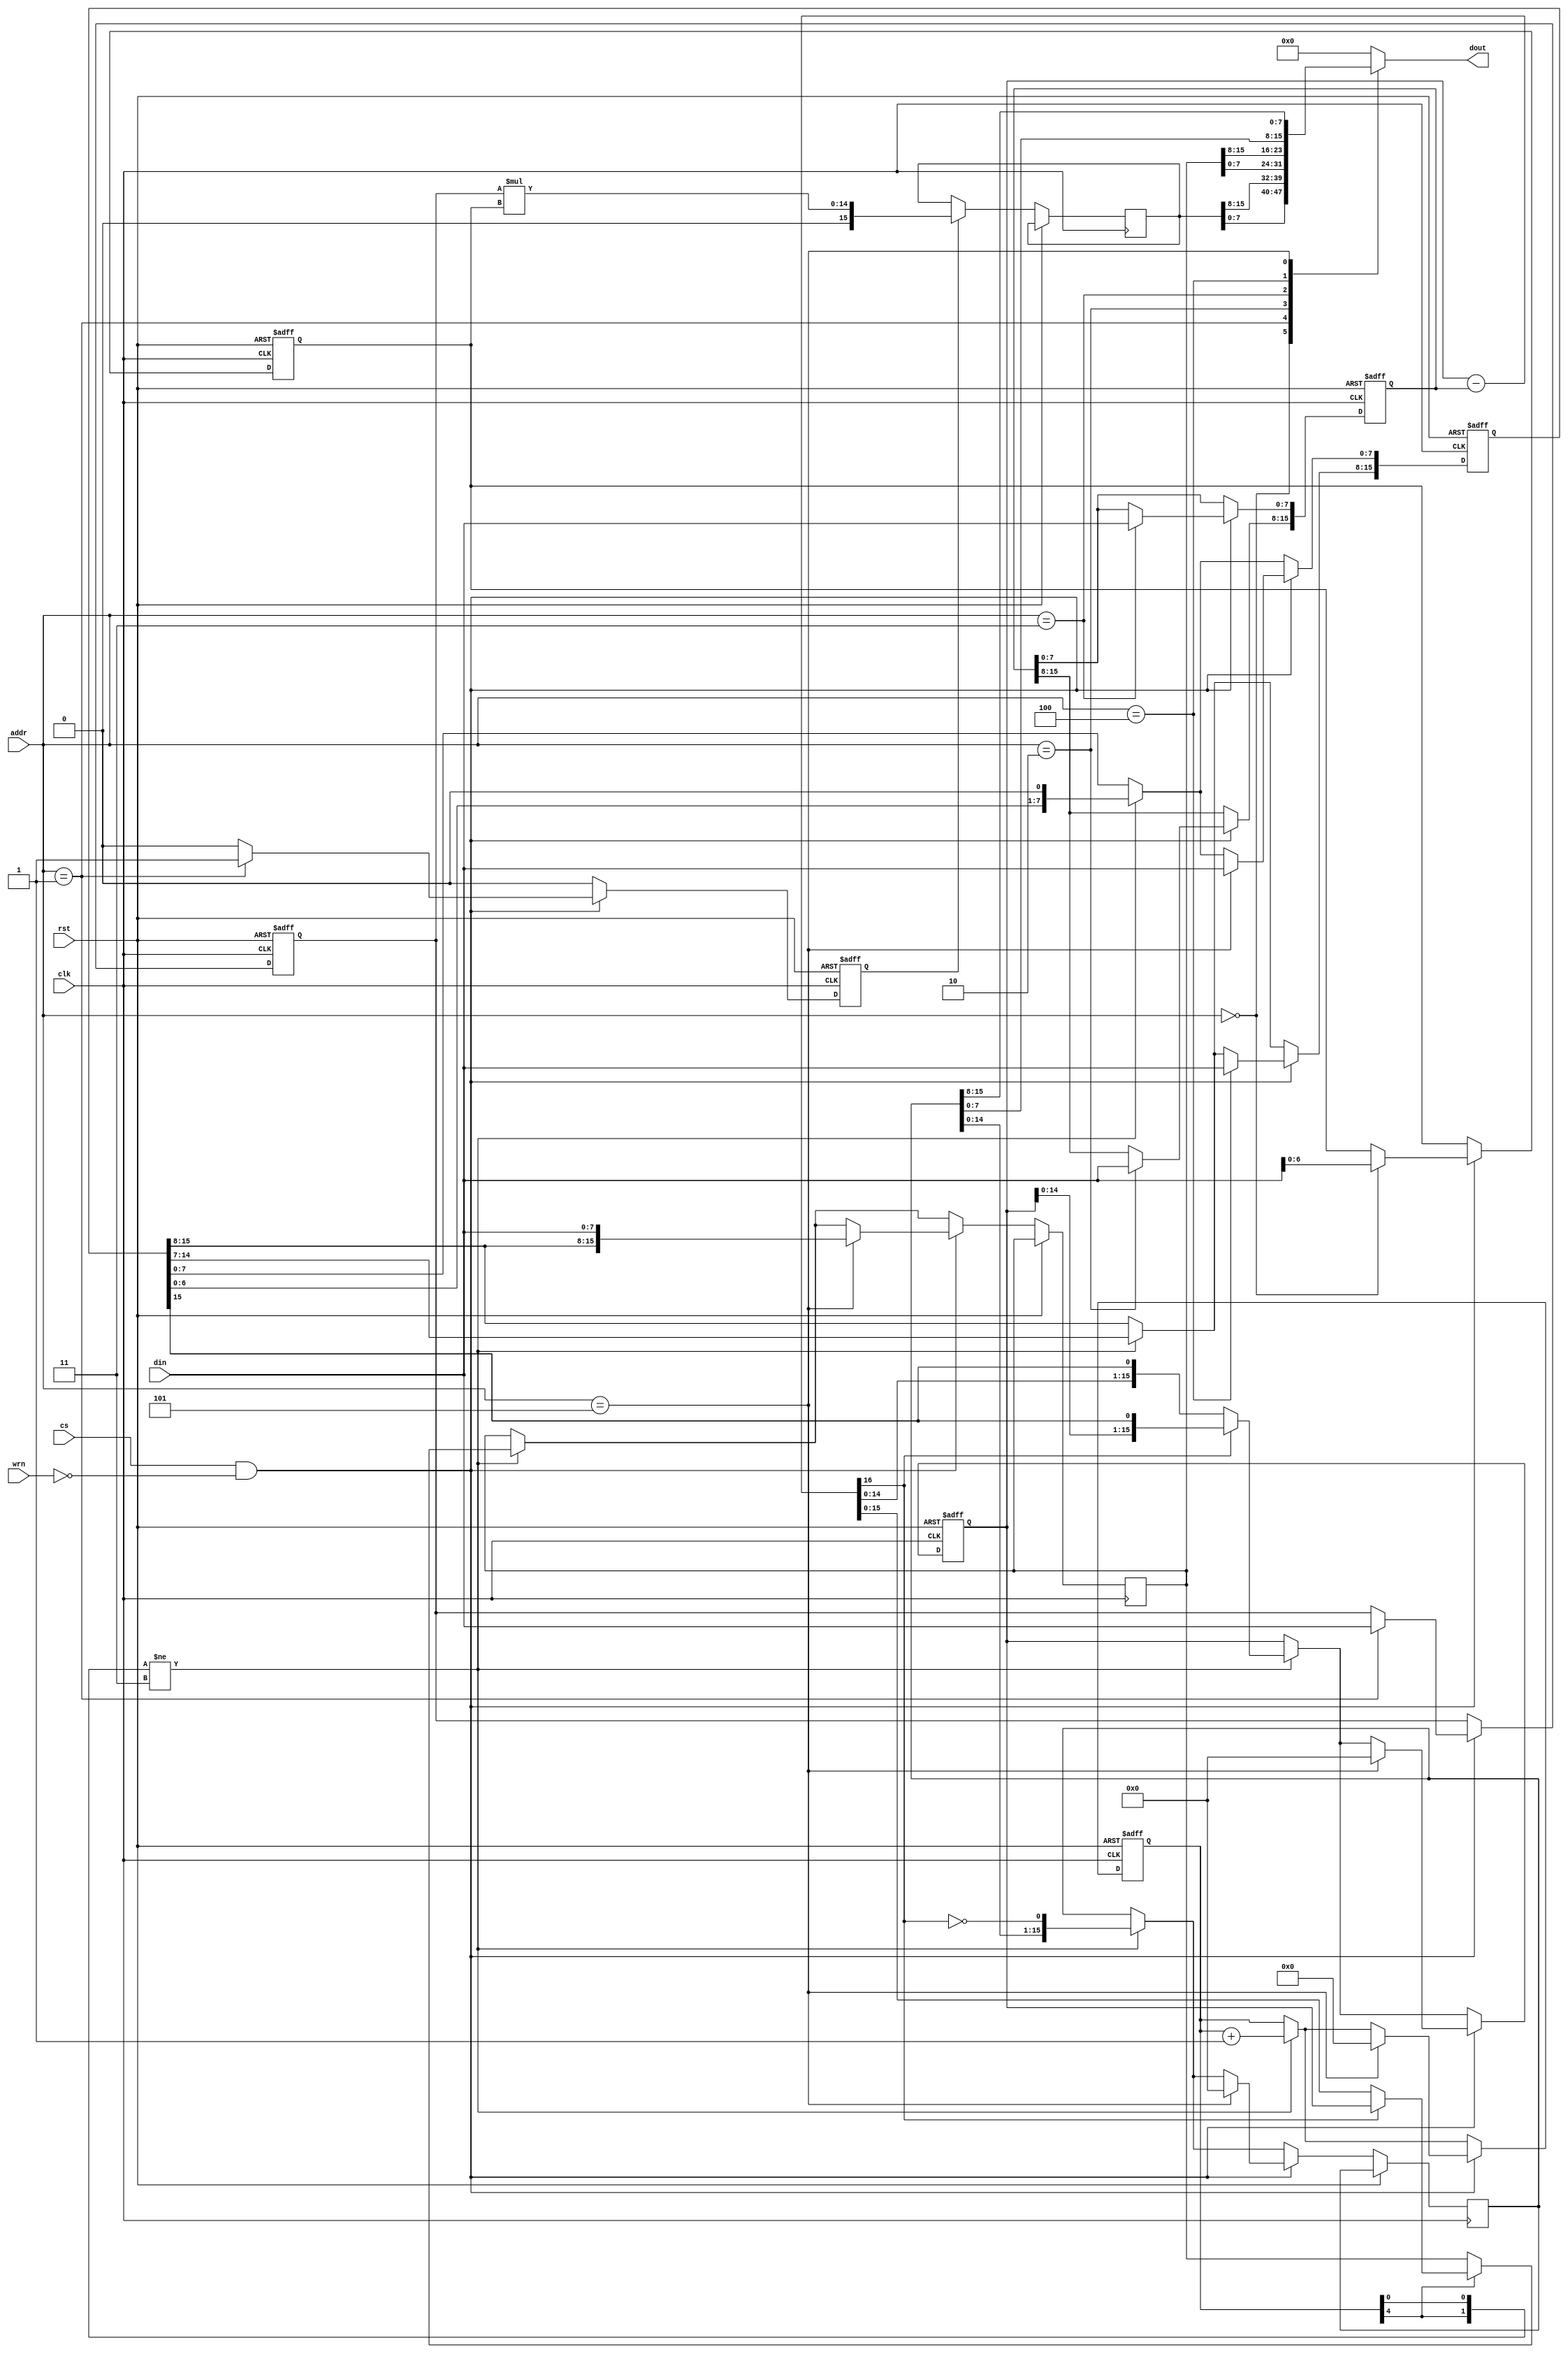
/*  This file is part of JTCONTRA.
    JTCONTRA program is free software: you can redistribute it and/or modify
    it under the terms of the GNU General Public License as published by
    the Free Software Foundation, either version 3 of the License, or
    (at your option) any later version.

    JTCONTRA program is distributed in the hope that it will be useful,
    but WITHOUT ANY WARRANTY; without even the implied warranty of
    MERCHANTABILITY or FITNESS FOR A PARTICULAR PURPOSE.  See the
    GNU General Public License for more details.

    You should have received a copy of the GNU General Public License
    along with JTCONTRA.  If not, see <http://www.gnu.org/licenses/>.

    Author: Jose Tejada Gomez. Twitter: @topapate
    Version: 1.0
    Date: 11-5-2021 */


// Based on Furrtek's finding
// https://github.com/furrtek/VGChips/tree/master/Konami/007452

module jtcontra_007452(
    input            rst,
    input            clk,
    input            cs,
    input            wrn,
    input      [2:0] addr,
    input      [7:0] din,
    output reg [7:0] dout
);

reg [6:0] factor_A;
reg [7:0] factor_B;
reg [15:0] dividend, divaux, divisor, rmnd, quo;
wire [31:0] divfull = {divaux, dividend};
wire [16:0] divstep = {1'b0,divfull[31:16]}-divisor;

reg [15:0] mul;
reg [ 4:0] cnt;
reg        start_mul;

always @(*) begin
    case( addr )
        0: dout = mul[7:0];
        1: dout = mul[15:8];
        2: dout = rmnd[7:0];
        3: dout = rmnd[15:8];
        4: dout = quo[7:0];
        5: dout = quo[15:8];
        default: dout = 0;
    endcase
end

always @(posedge clk, posedge rst) begin
    if( rst ) begin
        factor_A  <= 0;
        factor_B  <= 0;
        divisor   <= 0;
        dividend  <= 0;
        divaux    <= 0;
        start_mul <= 0;
        cnt       <= 0;
    end else begin
        start_mul <= 0;
        if( start_mul ) mul <= factor_B * {1'b0, factor_A };
        // division
        if( { cnt[4], cnt[0] } != 2'b11 ) begin
            quo <= { quo[14:0],~divstep[16] };
            if( /*!cnt[4]*/ 1 ) begin
                if( !divstep[16] )
                    { divaux, dividend } <= { divstep[14:0], dividend,1'b0 };
                else
                    { divaux, dividend } <= divfull<<1;
            end
            if( cnt[4] ) rmnd <= divstep[16] ? divaux : divstep[15:0];
            cnt <= cnt+1;
        end
        // Bus access
        if( cs && !wrn ) begin
            case( addr )
                0: factor_A <= din[6:0];
                1: begin
                    factor_B  <= din;
                    start_mul <= 1;
                end
                2: divisor[15:8] <= din;
                3: divisor[ 7:0] <= din;
                4: dividend[15:8] <= din;
                5: begin
                    dividend[ 7:0] <= din;
                    rmnd   <= { dividend[15:8], din };
                    divaux <= 0;
                    cnt <= 0;
                    quo <= 0;
                end
            endcase
        end
    end
end

endmodule